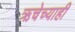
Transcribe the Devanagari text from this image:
ऋचेच्याही